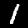
Digit: 1